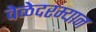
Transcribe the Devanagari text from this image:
वेळेदरम्यान